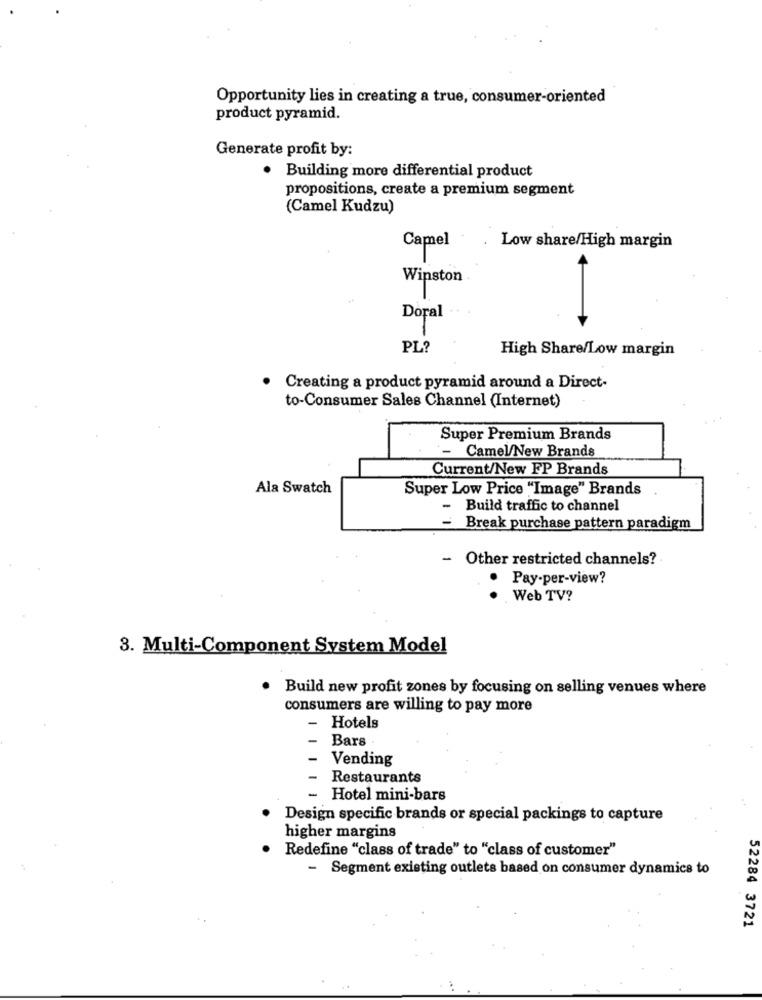
Opportunity lies in creating a true, consumer-oriented
product pyramid.
Generate profit by:
· Building more differential product
propositions, create a premium segment
(Camel Kudzu)
Camel
Low share/High margin
Winston
Doral
PL?
High Share/Low margin
Creating a product pyramid around a Direct-
to-Consumer Sales Channel (Internet)
Super Premium Brands
- Camel/New Brands
Current/New FP Brands
Ala Swatch
Super Low Price "Image" Brands
- Build traffic to channel
- Break purchase pattern paradigm
- Other restricted channels?
Pay-per-view?
Web TV?
3. Multi-Component System Model
. Build new profit zones by focusing on selling venues where
consumers are willing to pay more
-
Hotels
Bars
Vending
Restaurants
- Hotel mini-bars
Design specific brands or special packings to capture
higher margins
Redefine "class of trade" to "class of customer"
-
Segment existing outlets based on consumer dynamics to
52284 3721